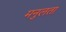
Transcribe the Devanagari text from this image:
मनुलता